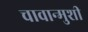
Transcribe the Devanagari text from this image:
चावान्मुशी